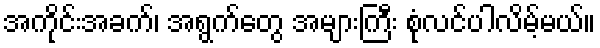
အကိုင်းအခက်၊ အရွက်တွေ အများကြီး စုံလင်ပါလိမ့်မယ်။